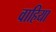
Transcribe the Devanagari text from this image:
वाहिया